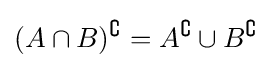
(A\cap B)^{\complement }=A^{\complement }\cup B^{\complement }